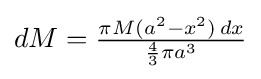
{\textstyle dM={\frac {\pi M(a^{2}-x^{2})\,dx}{{\frac {4}{3}}\pi a^{3}}}}